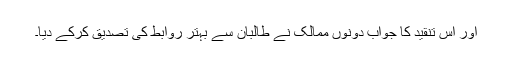
اور اس تنقید کا جواب دونوں ممالک نے طالبان سے بہتر روابط کی تصدیق کرکے دیا۔